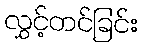
လွှင့်တင်ခြင်း